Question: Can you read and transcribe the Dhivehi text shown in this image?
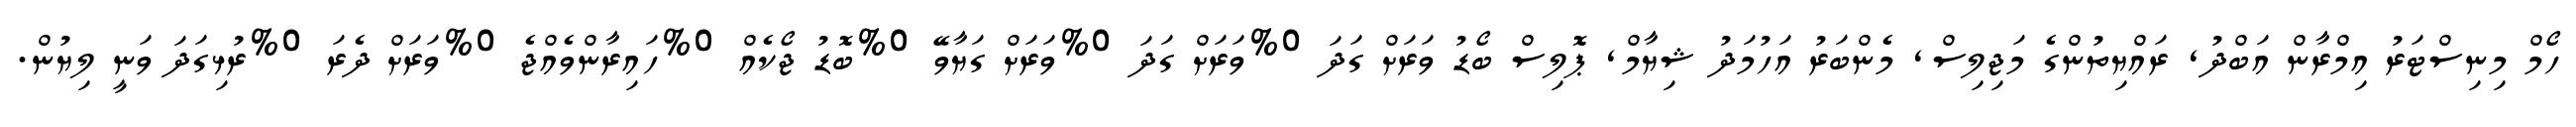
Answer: ހޯމް މިނިސްޓަރު އިމްރާން އަބްދު, ރައްޔިތުންގެ މަޖިލިސް, މެންބަރު އަހުމަދު ޝިޔާމް, ޕޮލިސް ބޯޑު ވަރަށް ގަދަ 0%ވަރަށް ގަދަ 0%ވަރަށް ގަޔާވޭ 0%ބޮޑު ޖޯކެއް 0%ހައިރާންވެއްޖެ 0%ވަރަށް ދެރަ 0%ރުޅިގަދަ ވަނީ ލިޔުން.